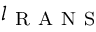
l _ { \mathrm { ~ R ~ A ~ N ~ S ~ } }